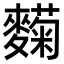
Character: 𬹄